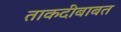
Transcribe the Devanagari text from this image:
ताकदीबाबत